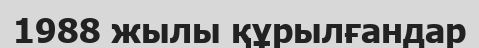
1988 жылы құрылғандар